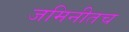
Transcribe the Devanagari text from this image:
जमिनीतच